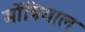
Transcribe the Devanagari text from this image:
मोंत्रियाल